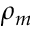
\rho _ { m }